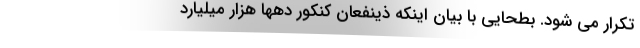
تکرار می شود. بطحایی با بیان اینکه ذینفعان کنکور دهها هزار میلیارد